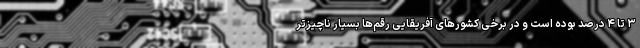
۳ تا ۴ درصد بوده است و در برخی کشورهای آفریقایی رقم‌ها بسیار ناچیزتر